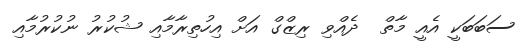
ސަބަބަކީ އެއީ މާތް  ދެއްވި ރިޒްގް އަށް އިހުތިރާމާއި ޝުކުރު ނުކުރުމާއި